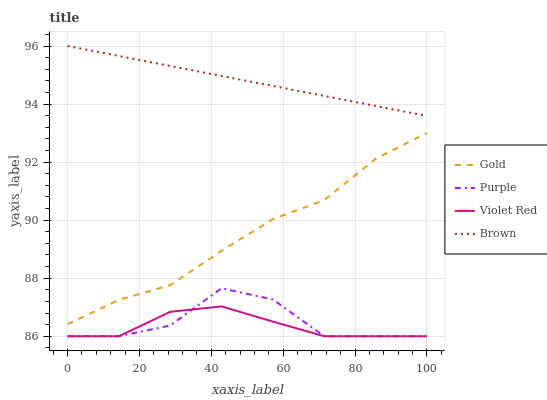
| xaxis_label | Gold | Purple | Violet Red | Brown |
 | --- | --- | --- | --- | --- |
 | 0 | 86.4 | 86 | 86 | 96 |
 | 14.3 | 87.3 | 86 | 86 | 95.7 |
 | 28.6 | 87.8 | 86.4 | 86.8 | 95.3 |
 | 42.9 | 88.9 | 87.7 | 87 | 95 |
 | 57.1 | 90 | 87.3 | 86.5 | 94.6 |
 | 71.4 | 90.7 | 86 | 86 | 94.3 |
 | 85.7 | 92.1 | 86 | 86 | 93.9 |
 | 100 | 93 | 86 | 86 | 93.6 |